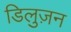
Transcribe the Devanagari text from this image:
डिलुज़न